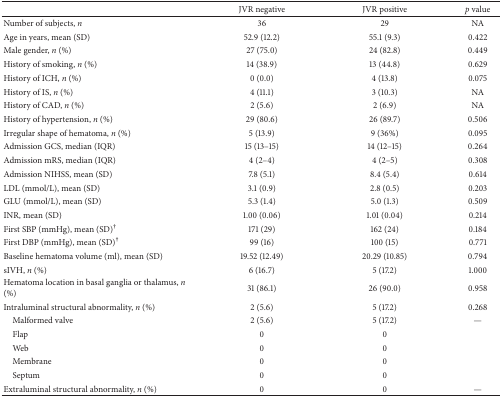
|  | JVR negative | JVR positive | p value |
 | --- | --- | --- | --- |
 | Number of subjects, n | 36 | 29 | NA |
 | Age in years, mean (SD) | 52.9 (12.2) | 55.1 (9.3) | 0.422 |
 | Male gender, n (%) | 27 (75.0) | 24 (82.8) | 0.449 |
 | History of smoking, n (%) | 14 (38.9) | 13 (44.8) | 0.629 |
 | History of ICH, n (%) | 0 (0.0) | 4 (13.8) | 0.075 |
 | History of IS, n (%) | 4 (11.1) | 3 (10.3) | NA |
 | History of CAD, n (%) | 2 (5.6) | 2 (6.9) | NA |
 | History of hypertension, n (%) | 29 (80.6) | 26 (89.7) | 0.506 |
 | Irregular shape of hematoma, n (%) | 5 (13.9) | 9 (36%) | 0.095 |
 | Admission GCS, median (IQR) | 15 (13–15) | 14 (12–15) | 0.264 |
 | Admission mRS, median (IQR) | 4 (2–4) | 4 (2–5) | 0.308 |
 | Admission NIHSS, mean (SD) | 7.8 (5.1) | 8.4 (5.4) | 0.614 |
 | LDL (mmol/L), mean (SD) | 3.1 (0.9) | 2.8 (0.5) | 0.203 |
 | GLU (mmol/L), mean (SD) | 5.3 (1.4) | 5.0 (1.3) | 0.509 |
 | INR, mean (SD) | 1.00 (0.06) | 1.01 (0.04) | 0.214 |
 | First SBP (mmHg), mean (SD)† | 171 (29) | 162 (24) | 0.184 |
 | First DBP (mmHg), mean (SD)† | 99 (16) | 100 (15) | 0.771 |
 | Baseline hematoma volume (ml), mean (SD) | 19.52 (12.49) | 20.29 (10.85) | 0.794 |
 | sIVH, n (%) | 6 (16.7) | 5 (17.2) | 1.000 |
 | Hematoma location in basal ganglia or thalamus, n (%) | 31 (86.1) | 26 (90.0) | 0.958 |
 | Intraluminal structural abnormality, n (%) | 2 (5.6) | 5 (17.2) | 0.268 |
 | Malformed valve | 2 (5.6) | 5 (17.2) | — |
 | Flap | 0 | 0 |  |
 | Web | 0 | 0 |  |
 | Membrane | 0 | 0 |  |
 | Septum | 0 | 0 |  |
 | Extraluminal structural abnormality, n (%) | 0 | 0 | — |